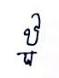
ឋ្ឋ